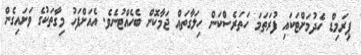
ޕިރަމިޑް ހެދުމަށްޓަކައި ފުރަތަމަ ހަތަރެސްކަން ހިލަގާތައް ޖަމާކޮށް ބެހެއްޓުނެވެ. އެއަށްފަހު މިގާތަކުގެ ވަށައިގެން